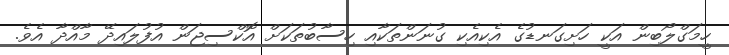
ހީމަގްލޯބިން އަކީ ހަށިގަނޑުގެ އެކިއެކި ގުނަންތަކާއި ހިސާބުތަކަށް އޮކްސިޖަން އުފުލައިދޭ މާއްދާ އެވެ.